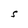
Character: S